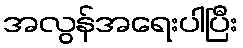
အလွန်အရေးပါပြီး